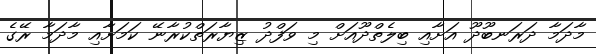
މާދަމާ ދަރަނބޫދޫ އަށާއި ބިލެތްދޫއަށް މި ވަފްދު ޒިޔާރަތްކުރާނޭ ކަމަށާއި މާދަމާ ރޭގެ